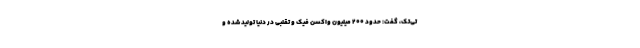
تی‌تک، گفت: حدود ۲۰۰ میلیون واکسن فیک و تقلبی در دنیا تولید شده و